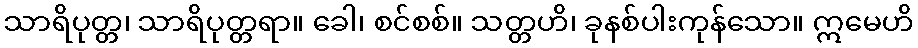
သာရိပုတ္တ၊ သာရိပုတ္တရာ။ ခေါ၊ စင်စစ်။ သတ္တဟိ၊ ခုနစ်ပါးကုန်သော။ ဣမေဟိ